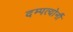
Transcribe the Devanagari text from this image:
दम्पत्योर्नौ